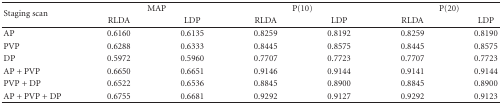
<table><thead><tr><td rowspan="2"><b>Staging scan</b></td><td colspan="2"><b>MAP</b></td><td colspan="2"><b>P(10) </b></td><td colspan="2"><b>P(20) </b></td></tr><tr><td><b>RLDA</b></td><td><b>LDP</b></td><td><b>RLDA</b></td><td><b>LDP</b></td><td><b>RLDA</b></td><td><b>LDP</b></td></tr></thead><tbody><tr><td>AP</td><td>0.6160</td><td>0.6135</td><td>0.8259</td><td>0.8192</td><td>0.8259</td><td>0.8190</td></tr><tr><td>PVP</td><td>0.6288</td><td>0.6333</td><td>0.8445</td><td>0.8575</td><td>0.8445</td><td>0.8575</td></tr><tr><td>DP</td><td>0.5972</td><td>0.5960</td><td>0.7707</td><td>0.7723</td><td>0.7707</td><td>0.7723</td></tr><tr><td>AP + PVP</td><td>0.6650</td><td>0.6651</td><td>0.9146</td><td>0.9144</td><td>0.9141</td><td>0.9144</td></tr><tr><td>PVP + DP</td><td>0.6522</td><td>0.6536</td><td>0.8845</td><td>0.8900</td><td>0.8845</td><td>0.8900</td></tr><tr><td>AP + PVP + DP</td><td>0.6755</td><td>0.6681</td><td>0.9292</td><td>0.9127</td><td>0.9292</td><td>0.9123</td></tr></tbody></table>